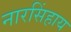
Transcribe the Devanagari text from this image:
नारसिंहाय